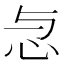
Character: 𢗓